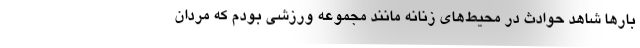
بارها شاهد حوادث در محیط‌های زنانه مانند مجموعه ورزشی بودم که مردان